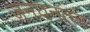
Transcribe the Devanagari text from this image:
जनघनत्त्व